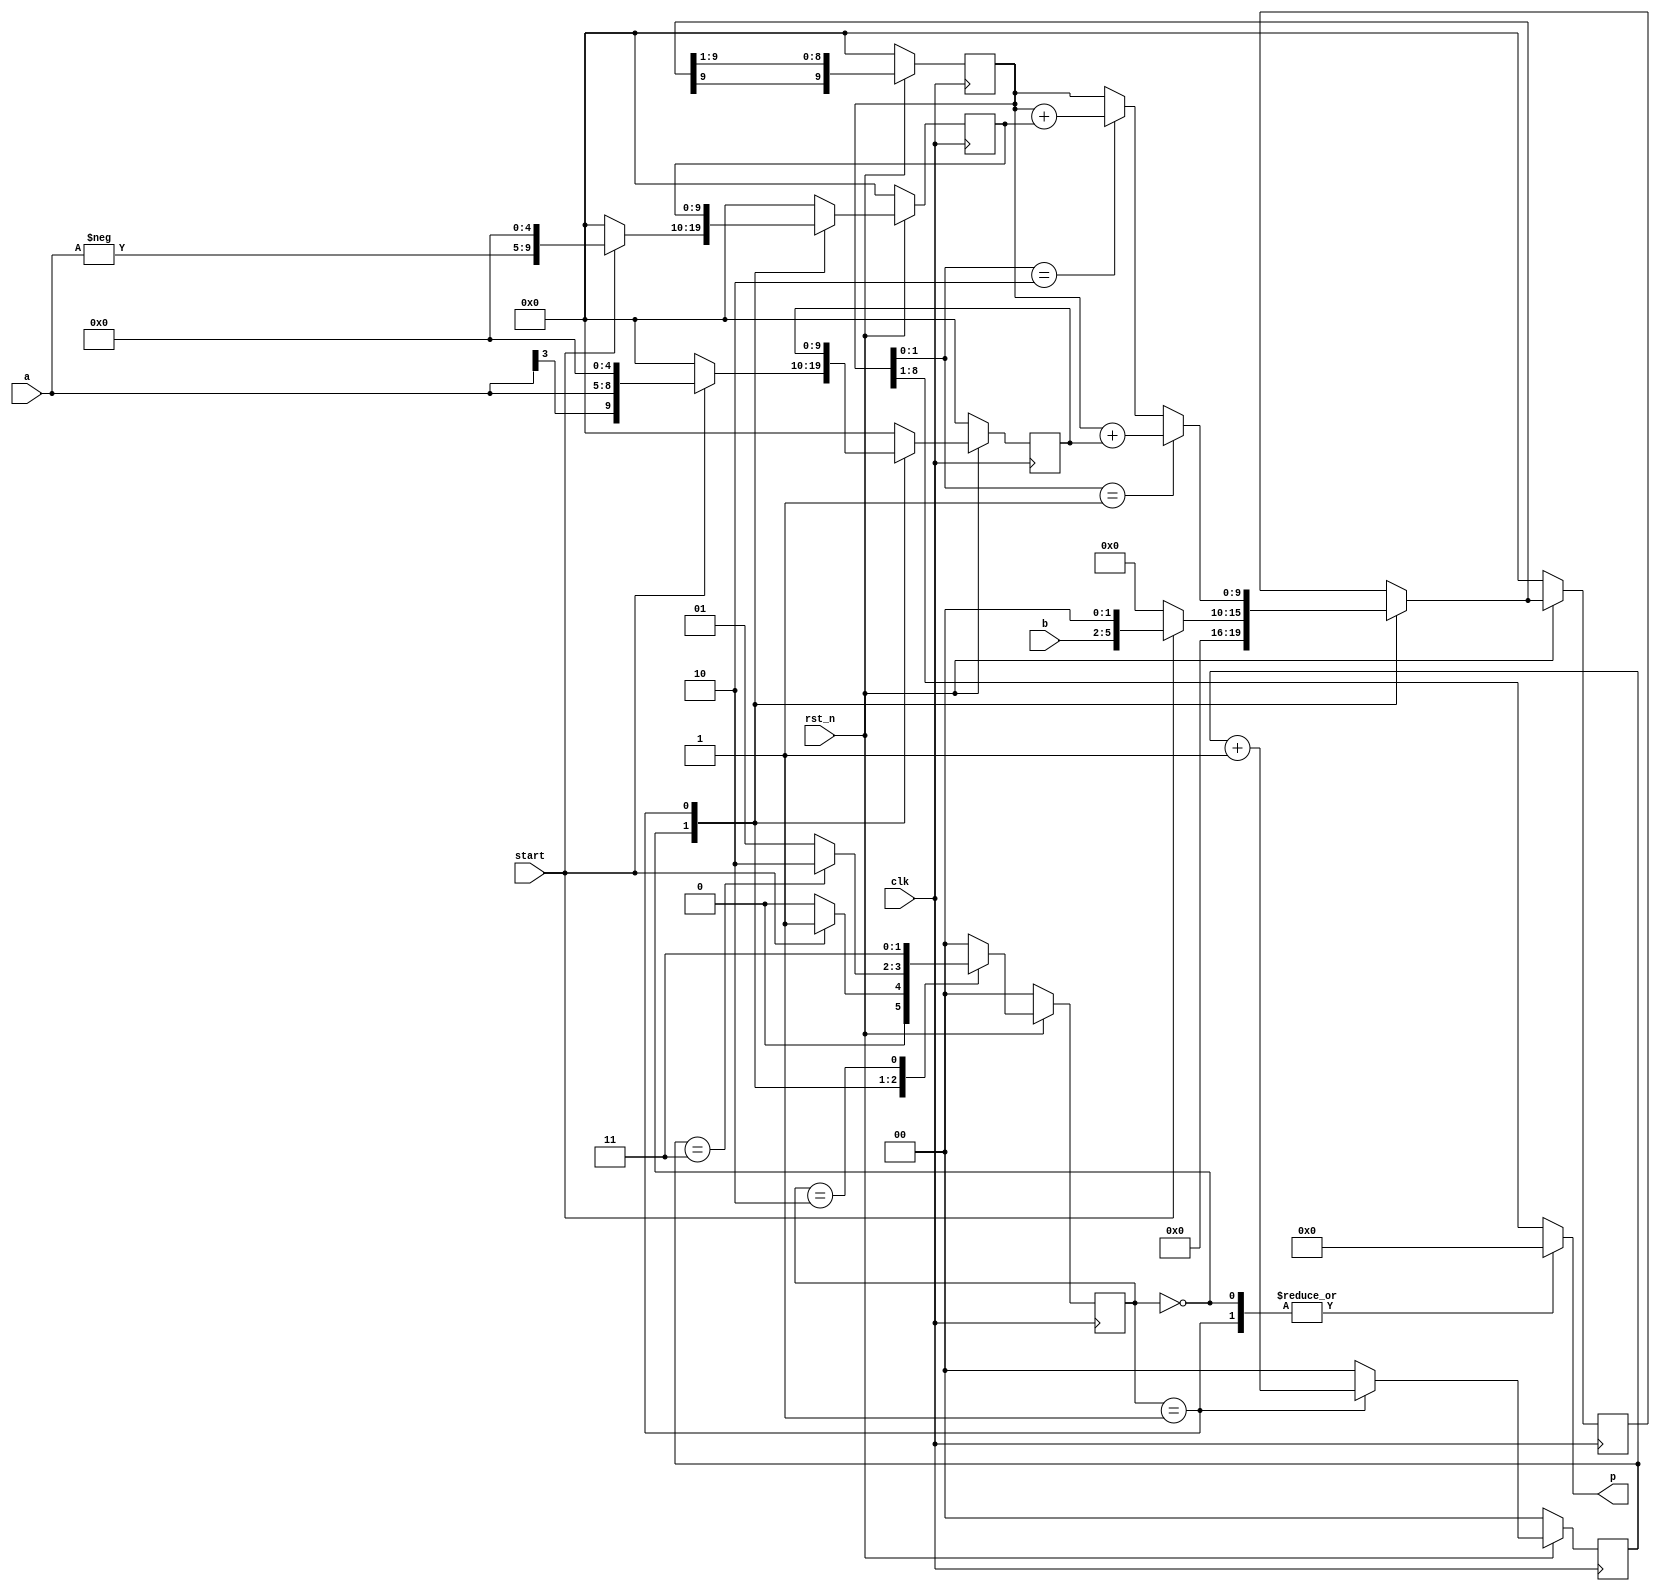
`timescale 1ns/1ps 

module Booth_Multiplier_4bit(clk, rst_n, start, a, b, p);
input clk;
input rst_n; 
input start;
input signed [3:0] a, b;
output reg signed [7:0] p;

reg [1:0] state, next_state;
reg [9:0] ans, lans, rsans;
reg [9:0] A, S, lA, lS;
reg [1:0] ct, lct;

wire signed [4:0] exa;
wire [3:0] exb;
assign exa = a;
assign exb = b;

parameter WAIT = 2'b00;
parameter CAL = 2'b01;
parameter FIN = 2'b10;
parameter FIN2 = 2'b11;

always@(posedge clk) begin
    if(rst_n == 1'b0) begin
        state <= 2'b0;
        lans <= 10'b0;
        rsans <= 10'b0;
        lct <= 2'b0;
        lA <= 10'b0;
        lS <= 10'b0;
    end
    else begin
        state <= next_state;
        lans <= ans;
        rsans <= {ans[9], ans[9:1]};
        lct <= ct;
        lA <= A;
        lS <= S;
    end
end

//  output: next_state, p, ans, A, S, ct
always@(*)begin
    case(state)
        WAIT: begin
            if(start == 1'b0) begin
                next_state = WAIT;
                p = 8'b0;
                ans = 10'b0;
                A = 10'b0;
                S = 10'b0;
                ct = 2'b0;
            end
            else begin
                next_state = CAL;
                p = 10'b0;
                ans = exb << 2;
                A = exa << 5;
                S = (-exa) << 5;
                ct = 2'b0;
            end
        end
        CAL: begin           
            next_state = lct == 2'b11 ? FIN : CAL;
            ct = lct + 1'b1;
            if(rsans[1:0] == 2'b01) begin
                p = 8'b0;
                ans = rsans + lA;
                A = lA;
                S = lS;
            end
            else if(rsans[1:0] == 2'b10) begin
                p = 8'b0;
                ans = rsans + lS;
                A = lA;
                S = lS;
            end
            else begin
                p = 8'b0;
                ans = rsans;
                A = lA;
                S = lS;
            end
        end
        FIN: begin
            next_state = FIN2;
            p = rsans[8:1];
            ans = lans;
            A = 10'b0;
            S = 10'b0;
            ct = 2'b0;
        end
        default: begin
            next_state = WAIT;
            p = rsans[8:1];
            ans = lans;
            A = 10'b0;
            S = 10'b0;
            ct = 2'b0;
        end
    endcase
end

endmodule